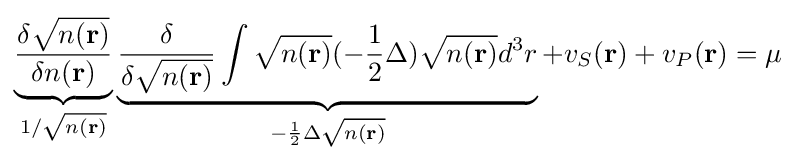
\underbrace {\frac {\delta {\sqrt {n(\mathbf {r} )}}}{\delta n(\mathbf {r} )}} _{1/{\sqrt {n(\mathbf {r} )}}}\underbrace {{\frac {\delta }{\delta {\sqrt {n(\mathbf {r} )}}}}\int {\sqrt {n(\mathbf {r} )}}(-{\frac {1}{2}}\Delta ){\sqrt {n(\mathbf {r} )}}d^{3}r} _{-{\frac {1}{2}}\Delta {\sqrt {n(\mathbf {r} )}}}+v_{S}(\mathbf {r} )+v_{P}(\mathbf {r} )=\mu